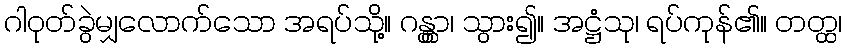
ဂါဝုတ်ခွဲမျှလောက်သော အရပ်သို့။ ဂန္တွာ၊ သွား၍။ အဋ္ဌံသု၊ ရပ်ကုန်၏။ တတ္ထ၊